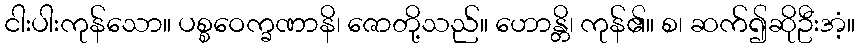
ငါးပါးကုန်သော။ ပစ္စဝေက္ခဏာနိ၊ ဇောတို့သည်။ ဟောန္တိ၊ ကုန်၏။ စ၊ ဆက်၍ဆိုဦးအံ့။